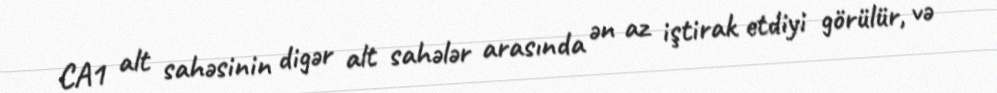
CA1 alt sahəsinin digər alt sahələr arasında ən az iştirak etdiyi görülür, və